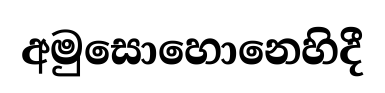
අමුසොහොනෙහිදී